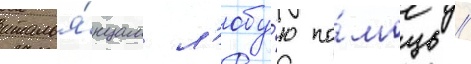
италья́нцам л'юбу́ю по́мощь //